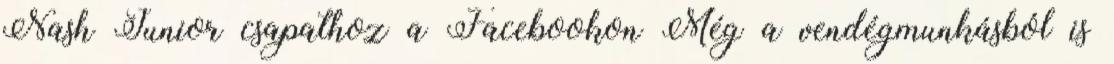
Nash Junior csapathoz a Facebookon Még a vendégmunkásból is